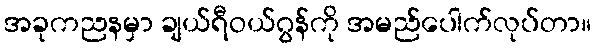
အခုကညနမှာ ချယ်ရီဝယ်ဂွန်ကို အမည်ပေါက်လုပ်တာ။